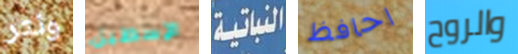
ونتر الإسطبل النباتية احافظ والروح